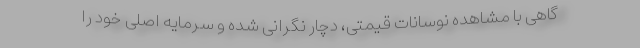
گاهی با مشاهده نوسانات قیمتی، دچار نگرانی شده و سرمایه اصلی خود را